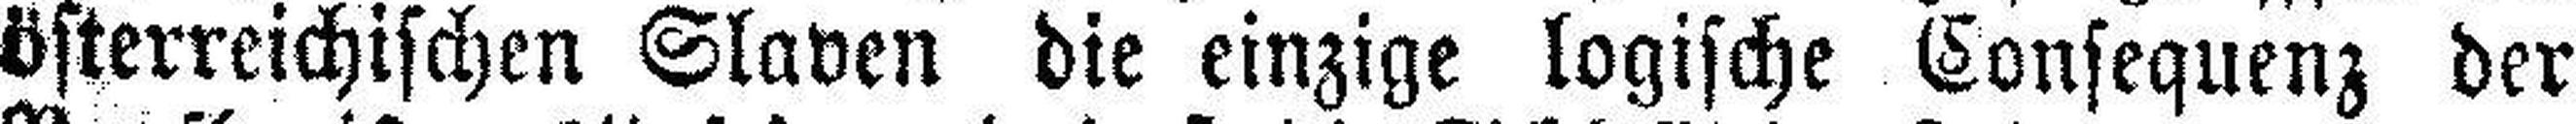
österreichischen Slaven die einzige logische Consequenz der